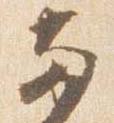
両